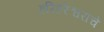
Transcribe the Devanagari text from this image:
हरिहरेश्वराचे